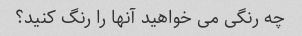
چه رنگی می خواهید آنها را رنگ کنید؟